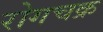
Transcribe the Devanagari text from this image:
रोगचक्र